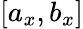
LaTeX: [a_{x},b_{x}]